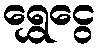
ရွှေငွေ